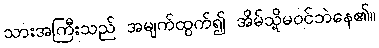
သားအကြီးသည် အမျက်ထွက်၍ အိမ်သို့မဝင်ဘဲနေ၏။